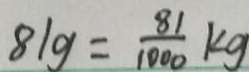
8 1 g = \frac { 8 1 } { 1 0 0 0 } k g